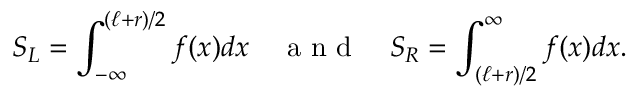
S _ { L } = \int _ { - \infty } ^ { ( \ell + r ) / 2 } f ( x ) d x ~ ~ ~ \mathrm { ~ a ~ n ~ d ~ } ~ ~ ~ S _ { R } = \int _ { ( \ell + r ) / 2 } ^ { \infty } f ( x ) d x .